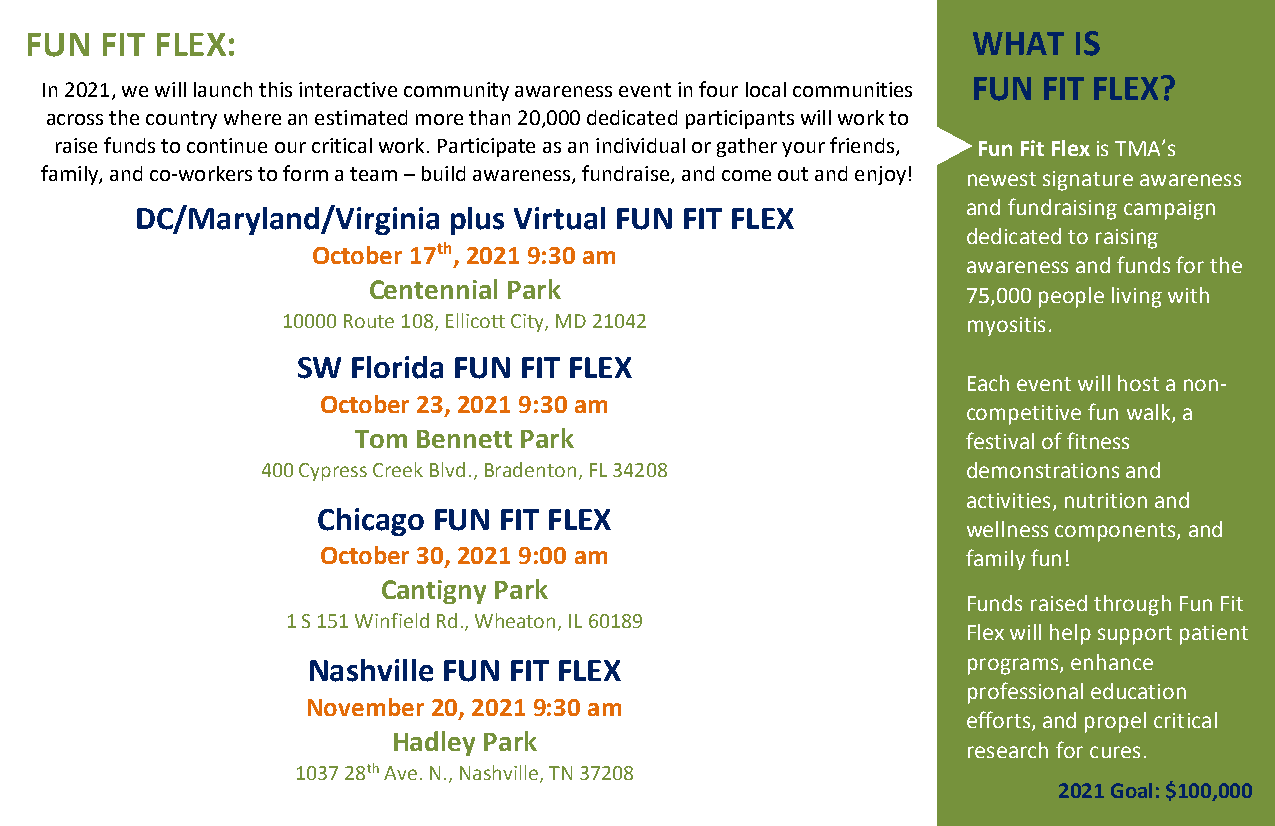
FUN  FIT FLEX:                                                WHAT   IS
 FUN  FIT FLEX?
 In 2021, we will launch this interactive community awareness event in four local communities
 across the country where an estimated more than 20,000 dedicated participants will work to
 raise funds to continue our critical work. Participate as an individual or gather your friends, Fun Fit Flex is TMA’s
 family, and co-workers to form a team – build awareness, fundraise, and come out and enjoy! newest signature awareness
 and fundraising campaign
 DC/Maryland/Virginia plus Virtual FUN FIT FLEX
 dedicated to raising
 October 17th, 2021 9:30 am
 awareness and funds for the
 Centennial Park
 75,000 people living with
 10000 Route 108, Ellicott City, MD 21042     myositis.
 SW Florida FUN FIT FLEX
 Each event will host a non-
 October 23, 2021 9:30 am
 competitive fun walk, a
 Tom Bennett Park                        festival of fitness
 400 Cypress Creek Blvd., Bradenton, FL 34208   demonstrations and
 activities, nutrition and
 Chicago FUN FIT FLEX
 wellness components, and
 October 30, 2021 9:00 am                   family fun!
 Cantigny Park
 Funds raised through Fun Fit
 1 S 151 Winfield Rd., Wheaton, IL 60189
 Flex will help support patient
 Nashville FUN FIT FLEX                      programs, enhance
 professional education
 November 20, 2021 9:30 am
 efforts, and propel critical
 Hadley Park
 research for cures.
 1037 28th Ave. N., Nashville, TN 37208
 2021 Goal: $100,000